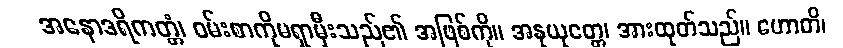
အနောဒရိကတ္တံ၊ ဝမ်းစာကိုမရှာမှီးသည်၏ အဖြစ်ကို။ အနုယုတ္တေ၊ အားထုတ်သည်။ ဟောတိ၊